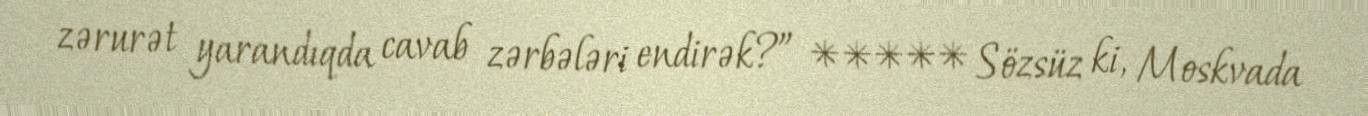
zərurət yarandıqda cavab zərbələri endirək?” ***** Sözsüz ki, Moskvada